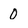
Character: 0